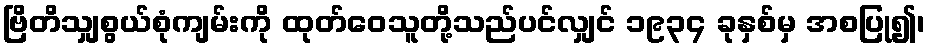
ဗြိတိသျှစွယ်စုံကျမ်းကို ထုတ်ဝေသူတို့သည်ပင်လျှင် ၁၉၃၄ ခုနှစ်မှ အစပြု၍၊